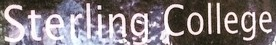
Sterling College